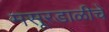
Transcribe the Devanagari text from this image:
मसूरडाळीचे